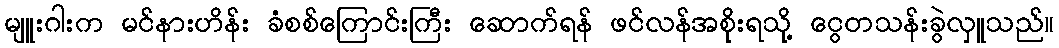
မျူးဂါးက မင်နားဟိန်း ခံစစ်ကြောင်းကြီး ဆောက်ရန် ဖင်လန်အစိုးရသို့ ငွေတသန်းခွဲလှူသည်။